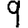
Digit: 9